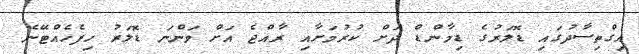
އިގްތިސާދުގައި ޑޮލަރުގެ ޑިމާންޑް ދަށް ކުރުމަށާއި ރާއްޖެ އަށް ވަންނަ ޑޮލަރު ހިފެހެއްޓޭނެ